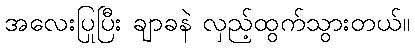
အလေးပြုပြီး ချာခနဲ လှည့်ထွက်သွားတယ်။